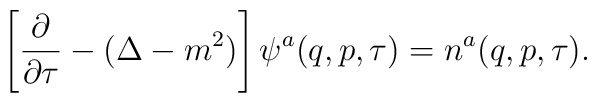
\left[\frac{\partial }{\partial \tau}-(\Delta-m^2) \right]\psi^a(q,p,\tau)=n^a(q,p,\tau).